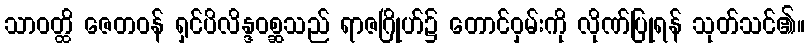
သာဝတ္ထိ ဇေတဝန် ရှင်ပိလိန္ဒဝစ္ဆသည် ရာဇဂြိုဟ်၌ တောင်ဝှမ်းကို လိုဏ်ပြုရန် သုတ်သင်၏။